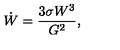
\dot { W } = \frac { 3 \sigma W ^ { 3 } } { G ^ { 2 } } ,